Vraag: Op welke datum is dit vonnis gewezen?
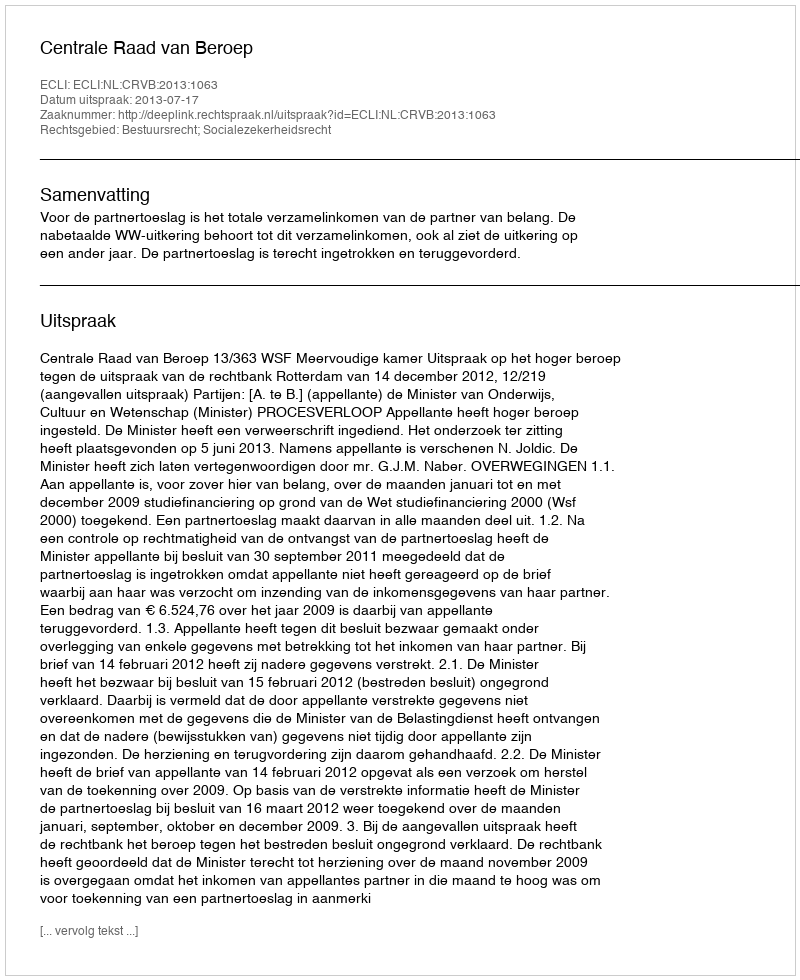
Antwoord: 2013-07-17